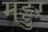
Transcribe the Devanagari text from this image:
मड्डुर